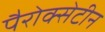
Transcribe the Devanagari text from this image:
पैरोक्सेटीन